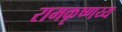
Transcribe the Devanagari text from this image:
रामकृष्णय्य